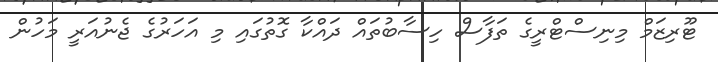
ޓޫރިޒަމް މިނިސްޓްރީގެ ތަފާސް ހިސާބުތައް ދައްކާ ގޮތުގައި މި އަހަރުގެ ޖެނުއަރީ މަހުން